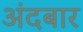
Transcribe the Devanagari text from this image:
अंदबार